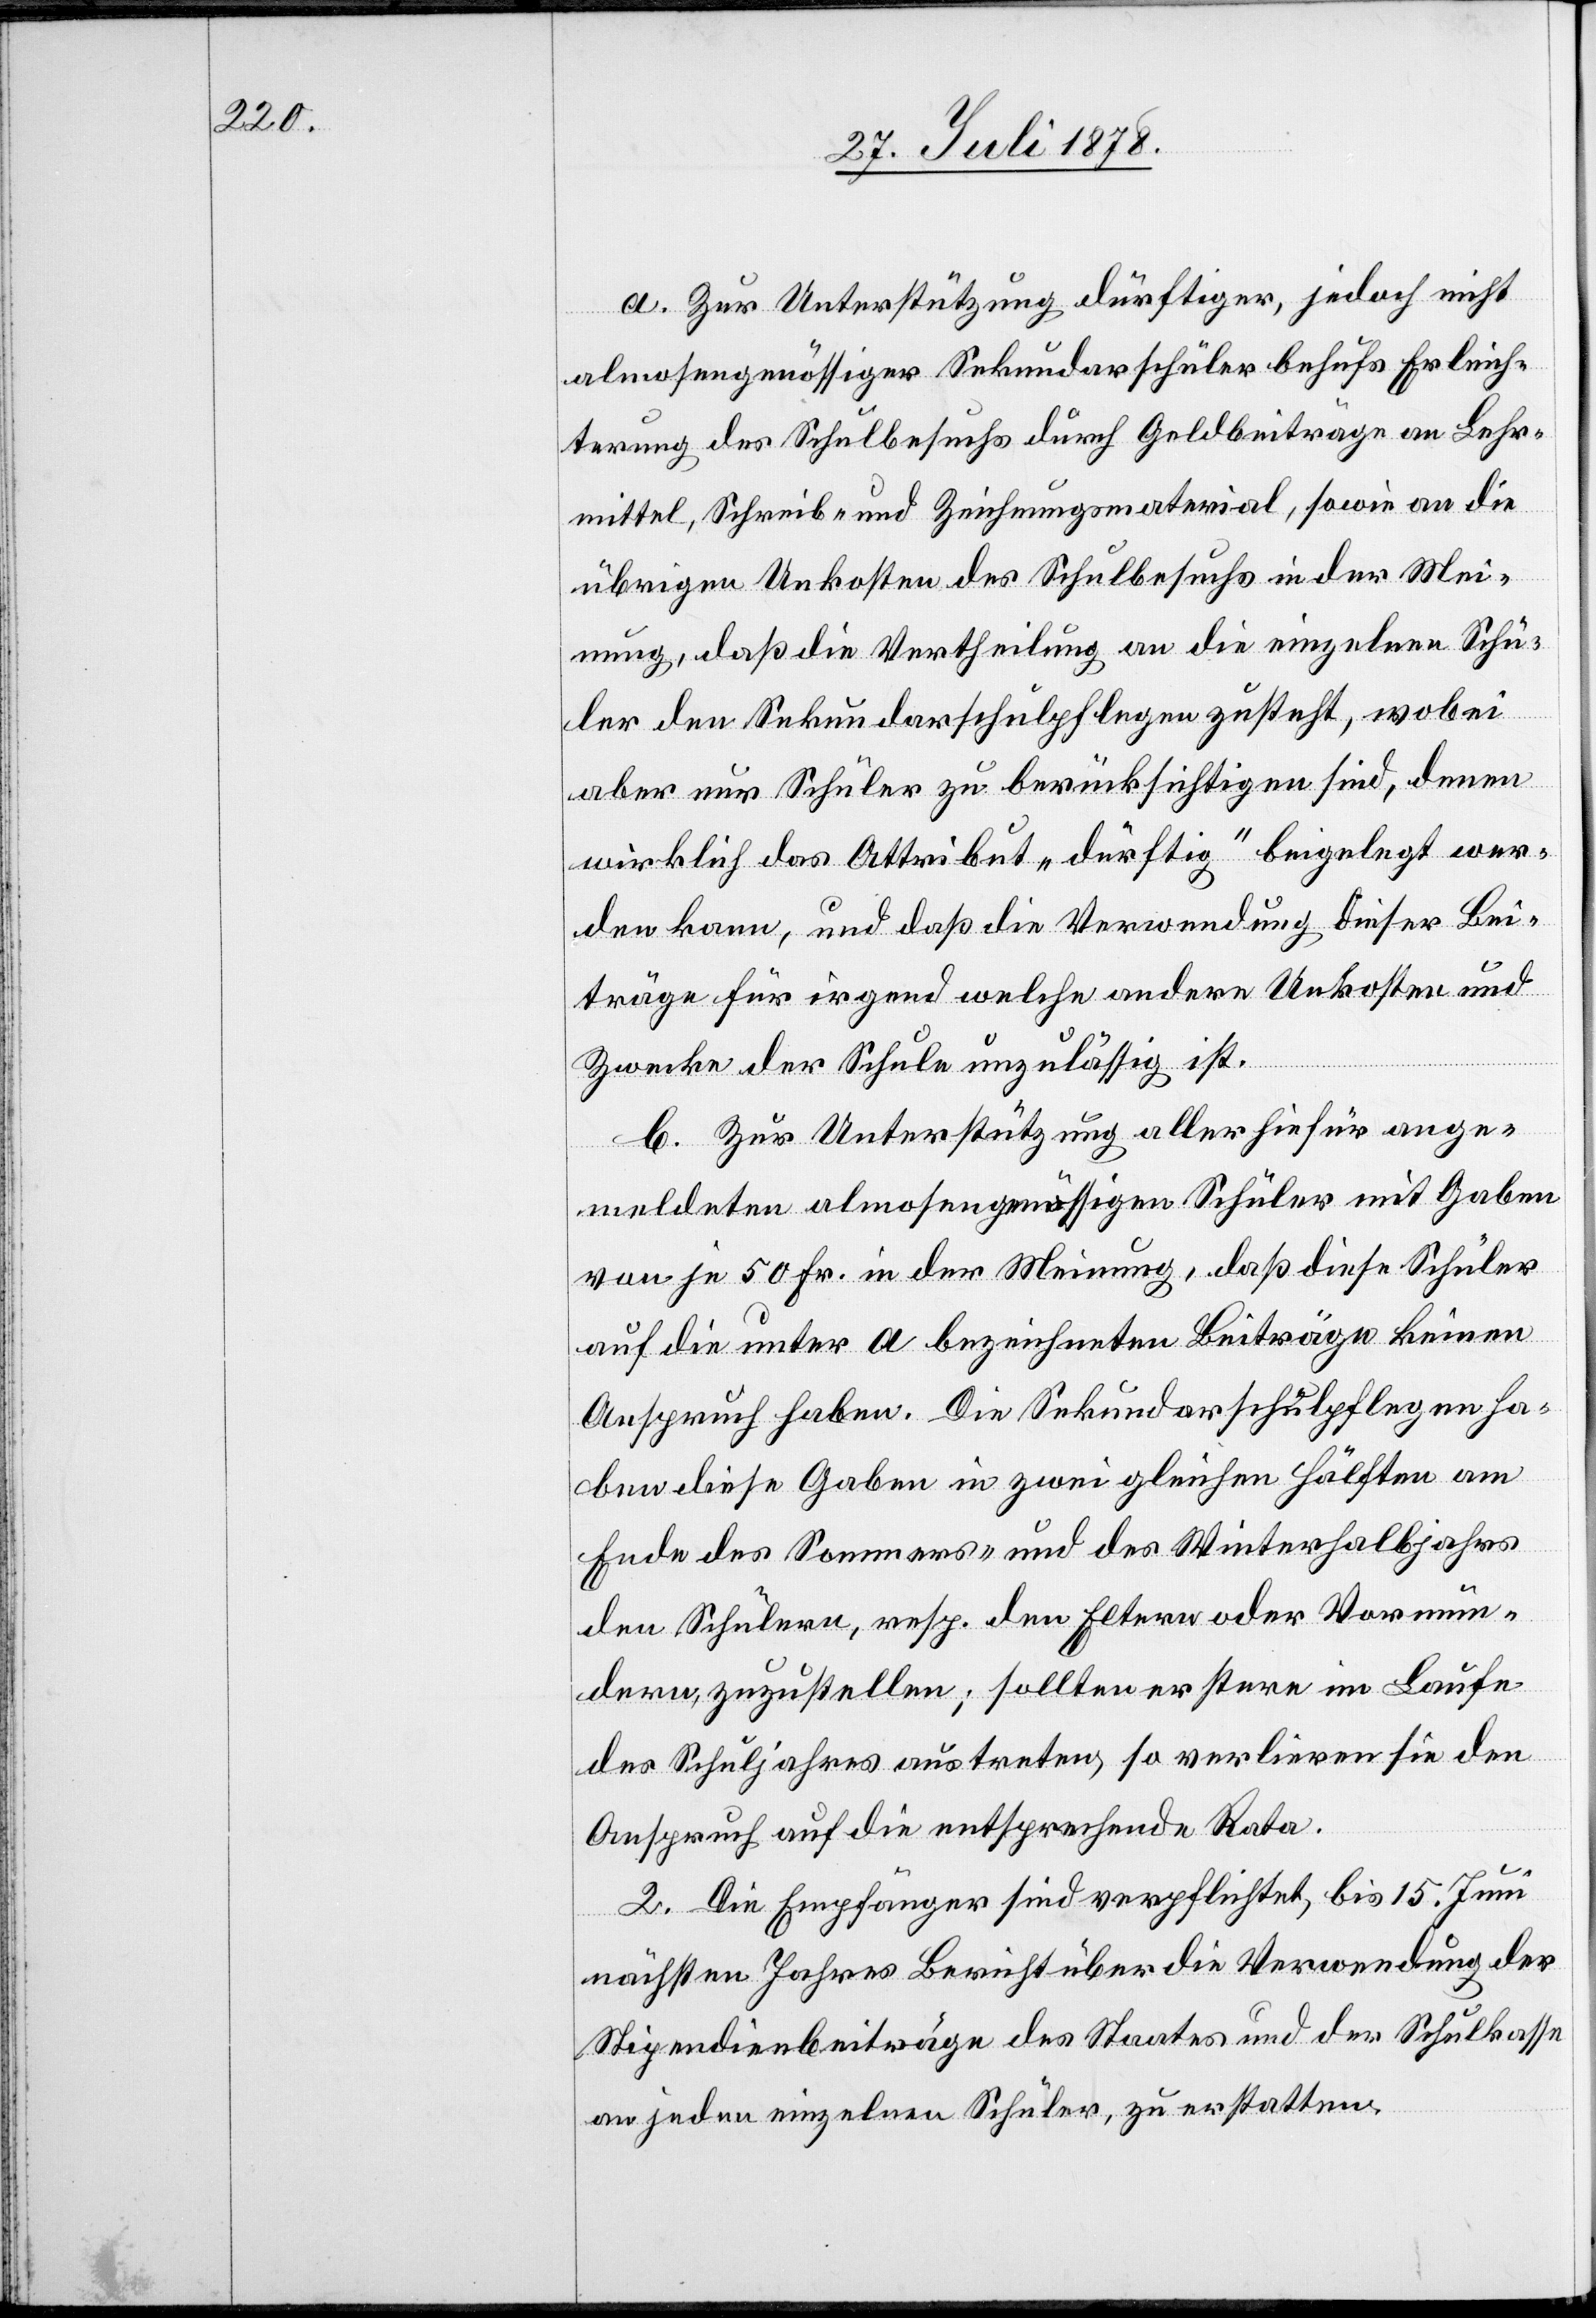
a. Zur Unterstützung dürftiger, jedoch nicht
almosengenössiger Sekundarschüler behufs Erleich¬
terung des Schulbesuchs durch Geldbeiträge an Lehr¬
mittel, Schreib- und Zeichnungsmaterial, sowie an die
übrigen Unkosten des Schulbesuchs in der Mei¬
nung, daß die Vertheilung an die einzelnen Schü¬
ler den Sekundarschulpflegungen zusteht, wobei
aber nur Schüler zu berücksichtigen sind, denen
wirklich das Attribut „dürftig“ beigelegt wer¬
den kann, und daß die Verwendung dieser Bei¬
träge für irgend welche andere Unkosten und
Zwecke der Schule unzulässig ist.
b. Zur Unterstützung aller hiefür ange¬
meldeten almosengenössigen Schüler mit Gaben
von je 50 Fr. in der Meinung, daß diese Schüler
auf die unter a bezeichneten Beiträge keinen
Anspruch haben. Die Sekundarschulpflegen ha¬
ben diese Gaben in zwei gleichen Hälften am
Ende des Sommers- und des Winterhalbjahrs
den Schülern, resp. den Eltern oder Vormün¬
dern, zuzustellen; sollten erstere im Laufe
des Schuljahres austreten, so verlieren sie den
Anspruch auf die entsprechende Rate.
2. Die Empfänger sind verpflichtet, bis 15. Juni
nächsten Jahres Bericht über die Verwendung der
Stipendienbeiträge des Staates und der Schulkasse
an jeden einzelnen Schüler zu erstatten.